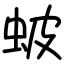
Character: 蚾